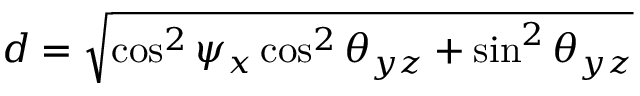
d = \sqrt { \cos ^ { 2 } \psi _ { x } \cos ^ { 2 } \theta _ { y z } + \sin ^ { 2 } \theta _ { y z } }